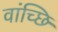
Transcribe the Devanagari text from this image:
वांच्छि